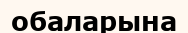
обаларына